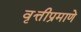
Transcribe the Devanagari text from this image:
वृत्तीप्रमाणे